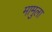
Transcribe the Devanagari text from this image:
मामुला